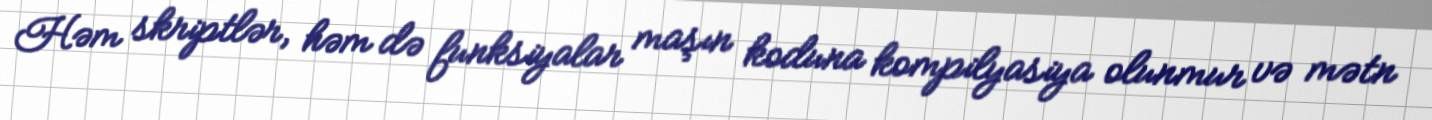
Həm skriptlər, həm də funksiyalar maşın koduna kompilyasiya olunmur və mətn